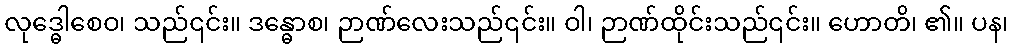
လုဒ္ဓေါစေဝ၊ သည်၎င်း။ ဒန္ဓောစ၊ ဉာဏ်လေးသည်၎င်း။ ဝါ၊ ဉာဏ်ထိုင်းသည်၎င်း။ ဟောတိ၊ ၏။ ပန၊